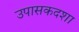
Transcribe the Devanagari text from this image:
उपासकदशा